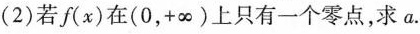
(2)若f(x)在(0，+∞)上只有一个零点，求a。